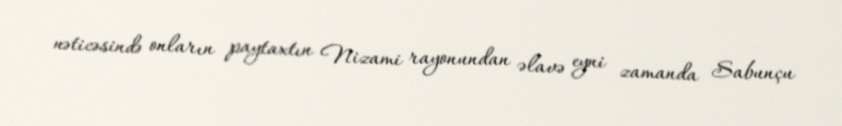
nəticəsində onların paytaxtın Nizami rayonundan əlavə eyni zamanda Sabunçu